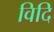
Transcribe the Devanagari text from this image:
विदि